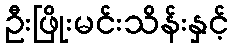
ဦးဖြိုးမင်းသိန်းနှင့်